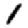
Digit: 1